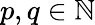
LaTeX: p,q\in\mathbb{N}